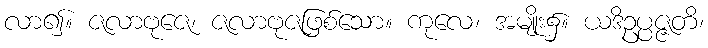
လာ၍။ ဇလာဗုဇေ၊ ဇလာဗုဇဖြစ်သော။ ကုလေ၊ အမျိုး၌။ ယဒိဥပ္ပဇ္ဇတိ၊